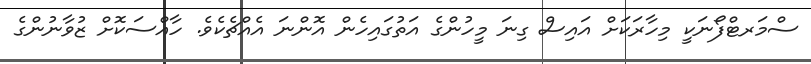
ސްމަރޓްފޯނަކީ މިހާރަކަށް އައިސް ގިނަ މީހުންގެ އަތުގައިހެން އޮންނަ އެއްޗެކެވެ. ހާއްސަކޮށް ޒުވާނުންގެ